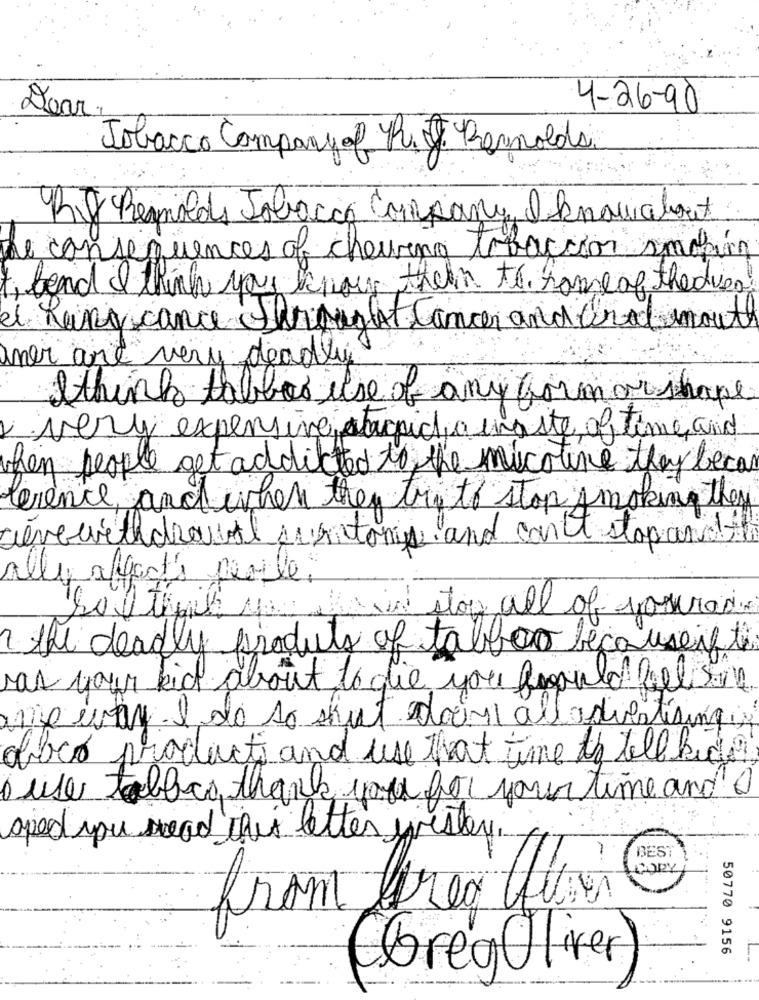
Dear.
4-26-90
Tobacco Companyal R.T. Bernalda
Bit Reminds Tobacco Company, I knowabout
de consequences of cheuring tobaccon spoko
beand i think you know them to. some of the des
el Ring cance Thought Cancer and Gral mouth
mer are very deadly
Ithink tablos use of any formar shape
very expensive atacaid a waste of time and
then people get addicted to the nicotine they beca
terence, and when they try to stop smoking they
Devewithdrawal surtonis and can't stop and
ally affects people.
Sof this um and stop all of yourasi
the deadly produts of tablao becauseif te
was your kid about to die you frau la felis
ane why I do so that doing alladvertising
aber products and use that time to tell kid?
o use tabaco thank you for your time and
aped you read this letter wester.
-
BEST
fram frea fin
bregOliver
50770 9156